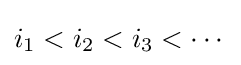
i_{1}<i_{2}<i_{3}<\cdots